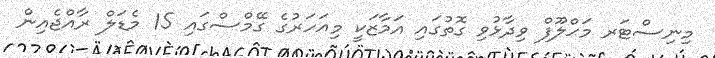
މިނިސްޓަރ މަޙްލޫފް ވިދާޅުވި ގޮތުގައި އަމާޒަކީ މިއަހަރުގެ ގޭމްސްގައި 15 މެޑަލް ރާއްޖެއިން